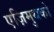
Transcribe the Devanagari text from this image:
एज़िमुथको